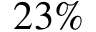
2 3 \%